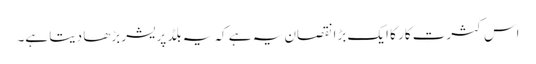
اس کثرتِ کار کا ایک بڑا نقصان یہ ہے کہ یہ بلڈ پریشر بڑھا دیتا ہے۔